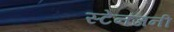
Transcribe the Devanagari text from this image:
स्टेनजनी